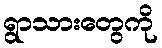
ရွာသားတွေကို